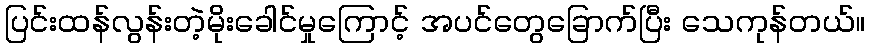
ပြင်းထန်လွန်းတဲ့မိုးခေါင်မှုကြောင့် အပင်တွေခြောက်ပြီး သေကုန်တယ်။